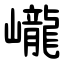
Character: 巄